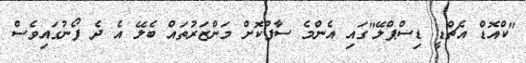
"ކްއޮޑް އެޗްޑީ ޑިސްޕްލޭ"ގައި އެންމެ ސާފުކޮށް މަންޒަރުތައް ބެލޭ އެ ދެ ފޯނުގައިވެސް